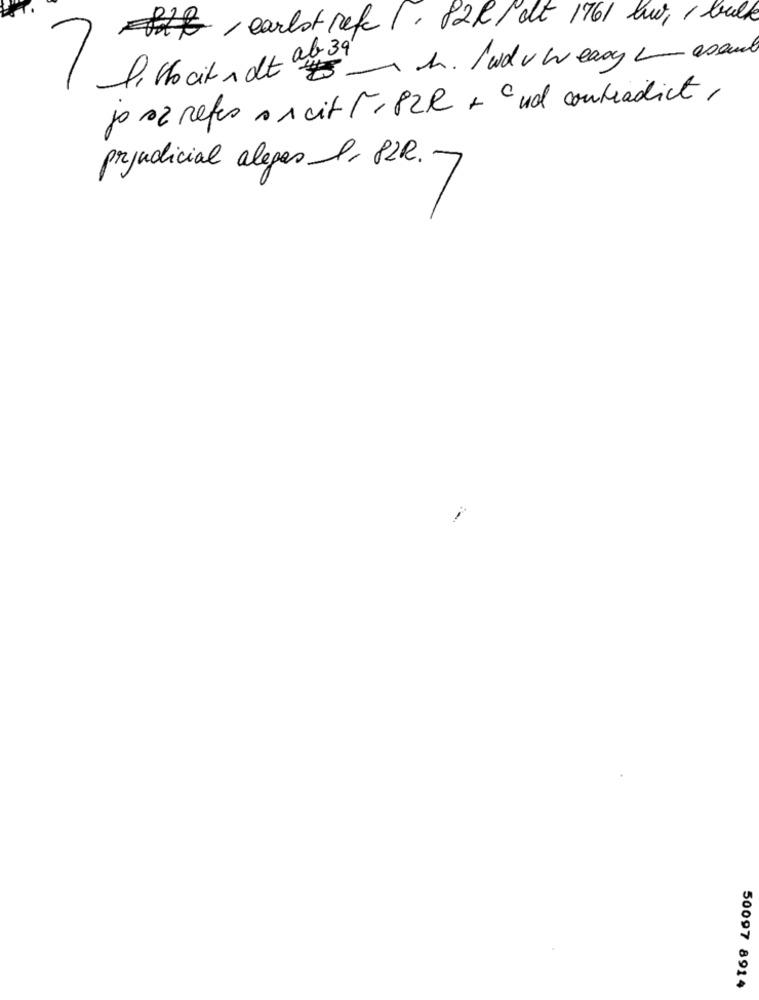
Fiat, earlstref 1. 82C/ dt 1761 lui, 1 bulk
I . the city " at "r " th . I wdv weasy esame
7
jo sa refers s s cit 1, 82 R + c ud contradict ,
prejudicial aleges I, PZR. .
-
50097 8914